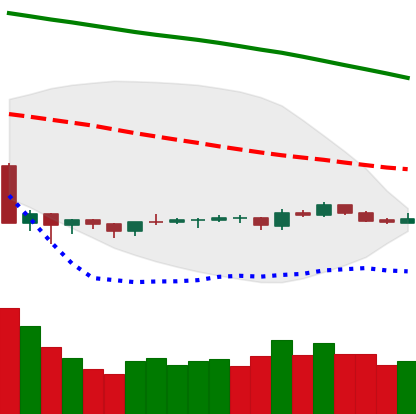
Ticker: LTC-USD
Chart end date: 2019-10-13
Forward return: -5.682%
Label: down_5_7